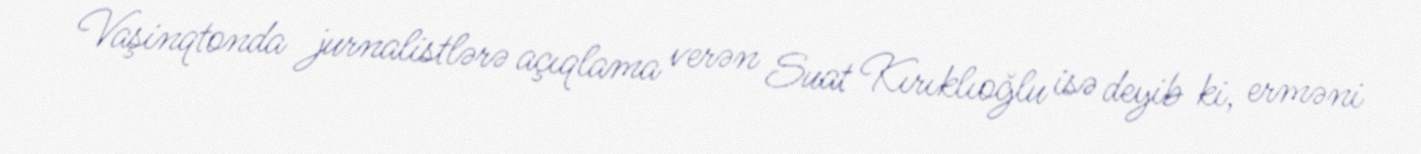
Vaşinqtonda jurnalistlərə açıqlama verən Suat Kırıklıoğlu isə deyib ki, erməni